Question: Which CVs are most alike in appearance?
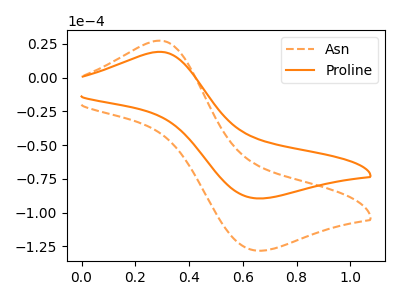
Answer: <think>The orange dashed curve "Asn" has an anodic peak at (0.30V, 27.45uA) and a cathodic peak at (0.65V, -128.10uA). The orange curve "Proline" has an anodic peak at (0.30V, 19.15uA) and a cathodic peak at (0.65V, -89.40uA).
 All the peaks in "Asn" have a peak in "Proline" at the same potential. Every peak in "Asn" is higher than every peak in "Proline".</think>
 <answer>"Proline" and "Asn" have the same shape and are likely CV's of the same chemical.</answer>
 <eval>"Proline" "Asn"</eval>